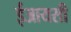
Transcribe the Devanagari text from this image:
ईआयसी